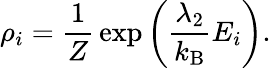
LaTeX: \rho_{i}={\frac{1}{Z}}\exp\left({\frac{\lambda_{2}}{k_{\mathrm{B}}}}E_{i}\right).